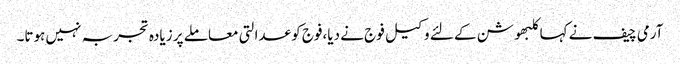
آرمی چیف نے کہاکلبھوشن کے لئے وکیل فوج نے دیا،فوج کو عدالتی معاملے پر زیادہ تجربہ نہیں ہوتا۔